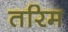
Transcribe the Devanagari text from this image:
तरिम